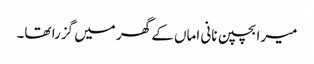
میرا بچپن نانی اماں کے گھر میں گزرا تھا۔